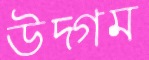
উদ্গম